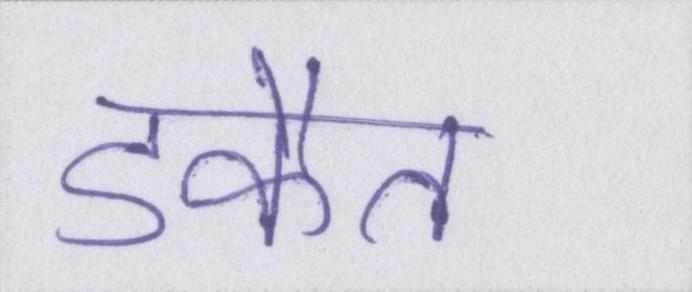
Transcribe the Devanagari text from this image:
डकैत